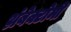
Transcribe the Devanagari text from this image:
थ्रंबेक्टोमी